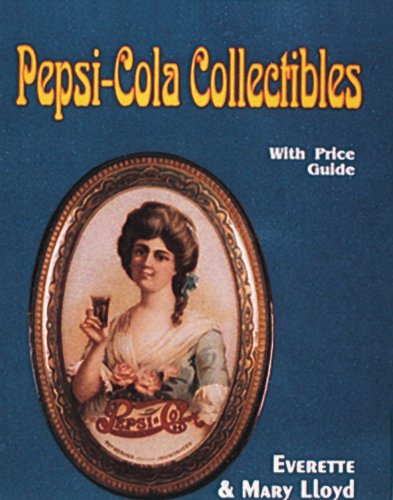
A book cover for Pepsi-Cola Collectibles: With Price Guide; Everette Lloyd; Crafts, Hobbies & Home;